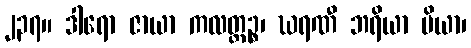
၂၃၇။ ဒါရော ဇာယာ ကလတ္တဉ္စ၊ ဃရဏီ ဘရိယာ ပိယာ၊